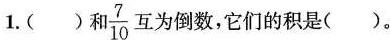
1.( )和\frac{7}{10}互为倒数，它们的积是( )。